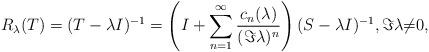
LaTeX: \begin{align*}R_{\lambda}(T)=(T-\lambda{I})^{-1}=\left(I+\sum_{n=1}^{\infty}\frac{c_{n}(\lambda)}{(\Im{\lambda})^n}\right)(S-{\lambda}I)^{-1},\Im{\lambda}{\ne}0,\end{align*}